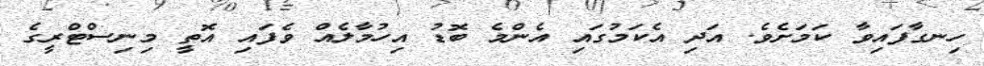
ހިނގާފައިވާ ކަމަށެވެ. އަދި އެކަމުގައި އެންމެ ބޮޑު އިހުމާލެއް ވެފައި އޮތީ މިނިސްޓްރީގެ